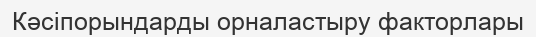
Кәсіпорындарды орналастыру факторлары